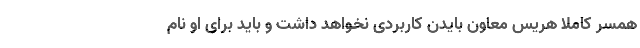
همسر کاملا هریس معاون بایدن کاربردی نخواهد داشت و باید برای او نام